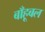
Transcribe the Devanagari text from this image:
बाँहूबल